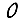
Digit: 0